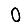
Digit: 0